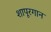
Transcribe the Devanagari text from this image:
शापूरगान